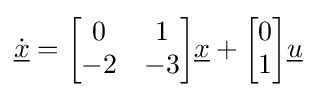
{\dot {\underline {x}}}={\begin{bmatrix}0&1\\-2&-3\end{bmatrix}}{\underline {x}}+{\begin{bmatrix}0\\1\end{bmatrix}}{\underline {u}}